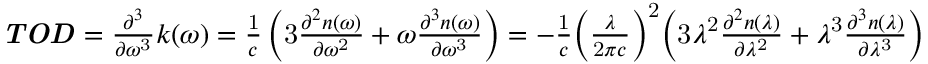
{ \begin{array} { l } { { \boldsymbol { \it { T O D } } } = { \frac { { \partial } ^ { 3 } } { \partial { \omega } ^ { \mathrm { 3 } } } } k \mathrm { ( } \omega \mathrm { ) } = { \frac { \mathrm { 1 } } { c } } \left( \mathrm { 3 } { \frac { { \partial } ^ { 2 } n \mathrm { ( } \omega \mathrm { ) } } { \partial { \omega } ^ { \mathrm { 2 } } } } + \omega { \frac { { \partial } ^ { 3 } n \mathrm { ( } \omega \mathrm { ) } } { \partial { \omega } ^ { \mathrm { 3 } } } } \right) = { - } { \frac { \mathrm { 1 } } { c } } { \left( { \frac { \lambda } { \mathrm { 2 } \pi c } } \right) } ^ { \mathrm { 2 } } { \Bigl ( } \mathrm { 3 } { \lambda } ^ { \mathrm { 2 } } { \frac { { \partial } ^ { 2 } n \mathrm { ( } \lambda \mathrm { ) } } { \partial { \lambda } ^ { \mathrm { 2 } } } } + { \lambda } ^ { \mathrm { 3 } } { \frac { { \partial } ^ { 3 } n \mathrm { ( } \lambda \mathrm { ) } } { \partial { \lambda } ^ { \mathrm { 3 } } } } { \Bigr ) } } \end{array} }